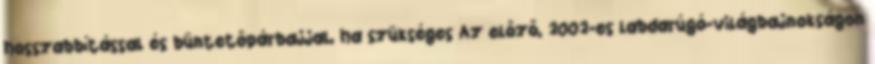
hosszabbítással és büntetőpárbajjal, ha szükséges Az előző, 2002-es labdarúgó-világbajnokságon